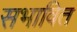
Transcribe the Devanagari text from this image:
सभावित